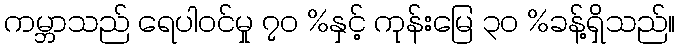
ကမ္ဘာသည် ရေပါဝင်မှု ၇၀ %နှင့် ကုန်းမြေ ၃၀ %ခန့်ရှိသည်။